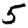
Digit: 5